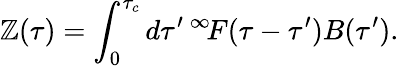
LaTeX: \mathbb{Z}(\tau)=\int_{0}^{\tau_{c}}d\tau^{\prime}{\, ^{\infty}\! F}(\tau-\tau^{\prime})B(\tau^{\prime}).